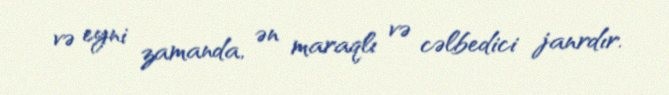
və eyni zamanda, ən maraqlı və cəlbedici janrdır.